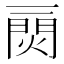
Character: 𤌎